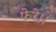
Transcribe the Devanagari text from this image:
फेरे।।